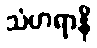
သံဟရာနိ